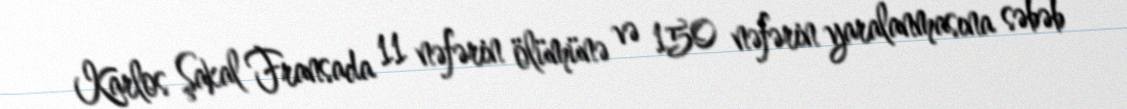
Karlos Şakal Fransada 11 nəfərin ölümünə və 150 nəfərin yaralanmasına səbəb